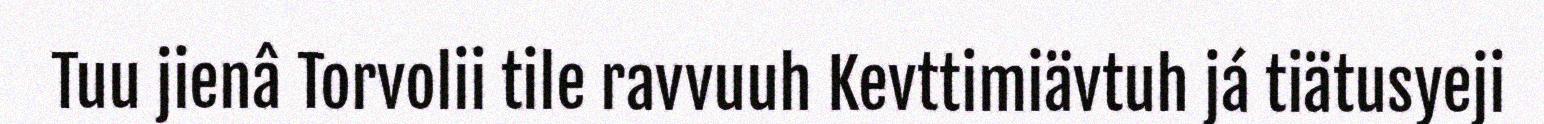
Tuu jienâ Torvolii tile ravvuuh Kevttimiävtuh já tiätusyeji